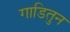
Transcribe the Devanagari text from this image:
गाडितुन